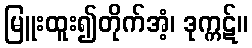
မြူးထူး၍တိုက်အံ့၊ ဒုက္ကဋ်။